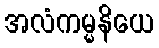
အလံကမ္မနိယေ